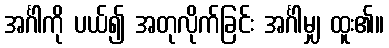
အင်္ဂါကို ပယ်၍ အတုလိုက်ခြင်း အင်္ဂါမျှ ထူး၏။